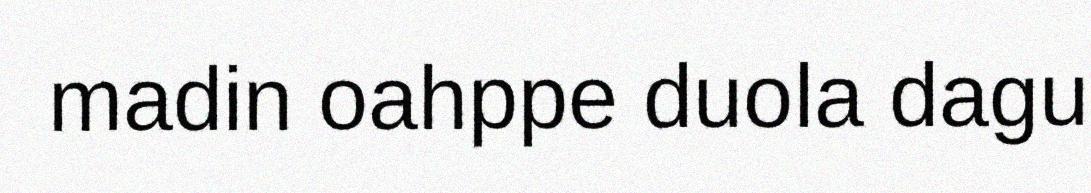
madin oahppe duola dagu